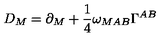
D _ { M } = \partial _ { M } + { \frac { 1 } { 4 } } \omega _ { M A B } \Gamma ^ { A B }